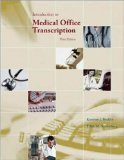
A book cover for Introduction to Medical Office Transcription Package w/ Audio Transcription CD 3rd Edition by Becklin, Karonne, Sunnarborg, Edith [Spiral-bound]; Karonne.. Becklin; Medical Books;